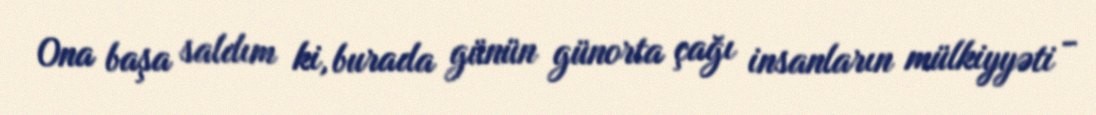
Ona başa saldım ki, burada günün günorta çağı insanların mülkiyyəti -